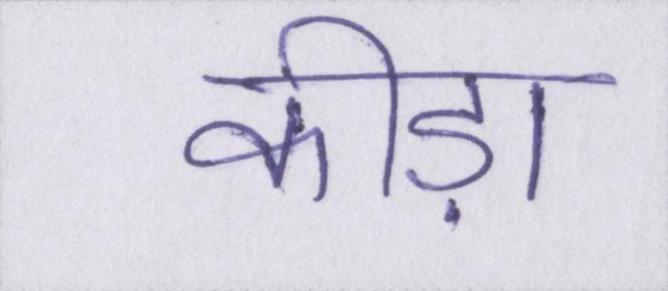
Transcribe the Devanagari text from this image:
कीड़ा